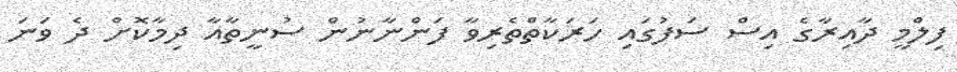
ފިލްމީ ދާއިރާގެ އިސް ސަފުގައި ހަރަކާތްތެރިވާ ފަންނާނުން ސުނީތާއާ ދިމާކޮށް ދެ ވަނަ